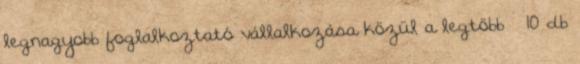
legnagyobb foglalkoztató vállalkozása közül a legtöbb – 10 db